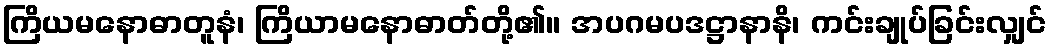
ကြိယမနောဓာတူနံ၊ ကြိယာမနောဓာတ်တို့၏။ အပဂမပဒဋ္ဌာနာနိ၊ ကင်းချုပ်ခြင်းလျှင်